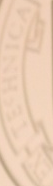
EX-TECHNICA